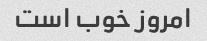
امروز خوب است